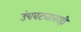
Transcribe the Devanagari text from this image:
उंचवट्यावरही